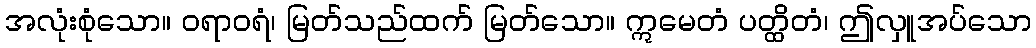
အလုံးစုံသော။ ဝရာဝရံ၊ မြတ်သည်ထက် မြတ်သော။ ဣမေတံ ပတ္ထိတံ၊ ဤလှူအပ်သော